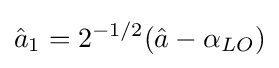
{\hat {a}}_{1}=2^{-1/2}({\hat {a}}-\alpha _{LO})